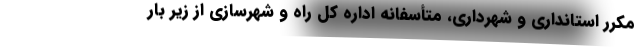
مکرر استانداری و شهرداری، متأسفانه اداره کل راه و شهرسازی از زیر بار